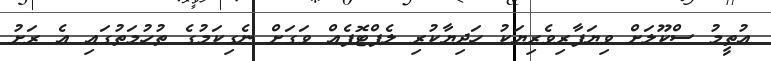
އުތީމު ސްކޫލަށް ވިޔަފާރިވެރިޔަކު ހަދިޔާކުރި ލެޕްޓޮޕެއް ވަގަށް ނެގިކަމުގެ ތުހުމަތުގައި އެ ރަށު